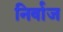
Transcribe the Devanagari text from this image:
निर्वाज